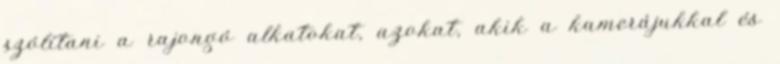
szólítani a rajongó alkatokat, azokat, akik a kamerájukkal és